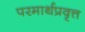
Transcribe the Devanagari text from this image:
परमार्थप्रवृत्त